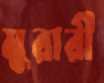
মুরারী